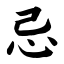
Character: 忌